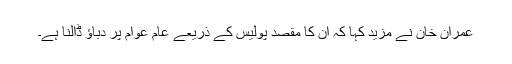
عمران خان نے مزید کہا کہ ان کا مقصد پولیس کے ذریعے عام عوام پر دباؤ ڈالنا ہے۔